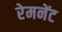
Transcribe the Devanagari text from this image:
रेमनेंट